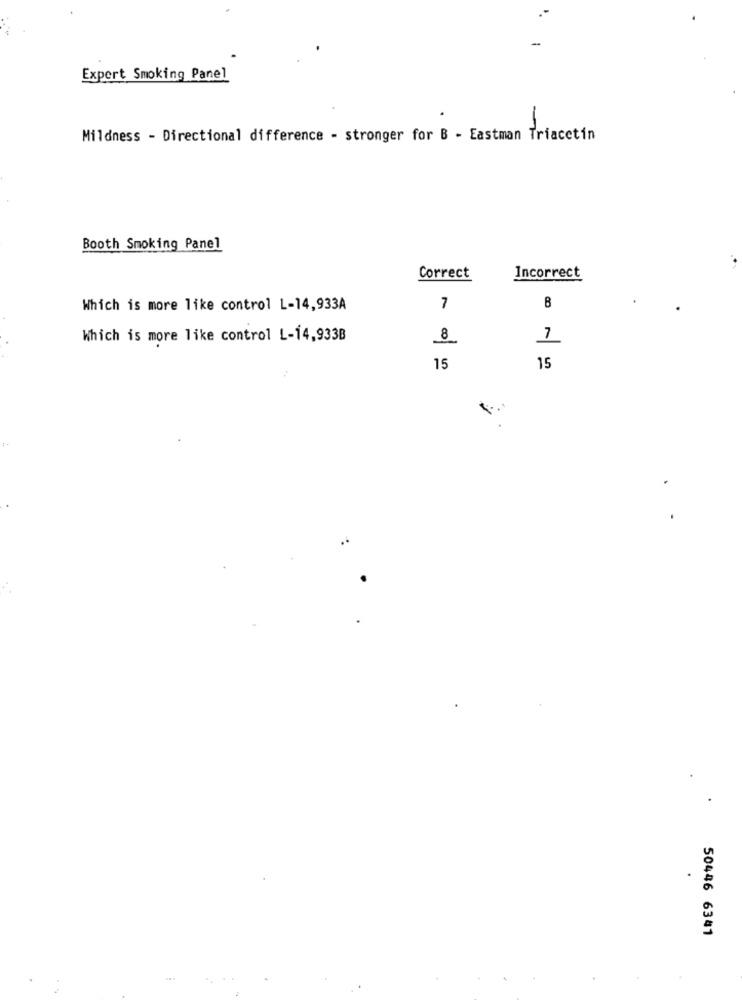
Expert Smoking Panel
-
Mildness - Directional difference - stronger for B - Eastman Triacetin
Booth Smoking Panel
Correct
Incorrect
Which is more like control L-14,933A
7
B
Which is more like control L-14,933B
1
15
15
50446 6341